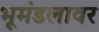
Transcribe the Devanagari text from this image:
भूमंडलावर